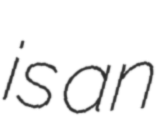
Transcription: is an